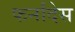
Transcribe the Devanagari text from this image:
फर्नांदेस